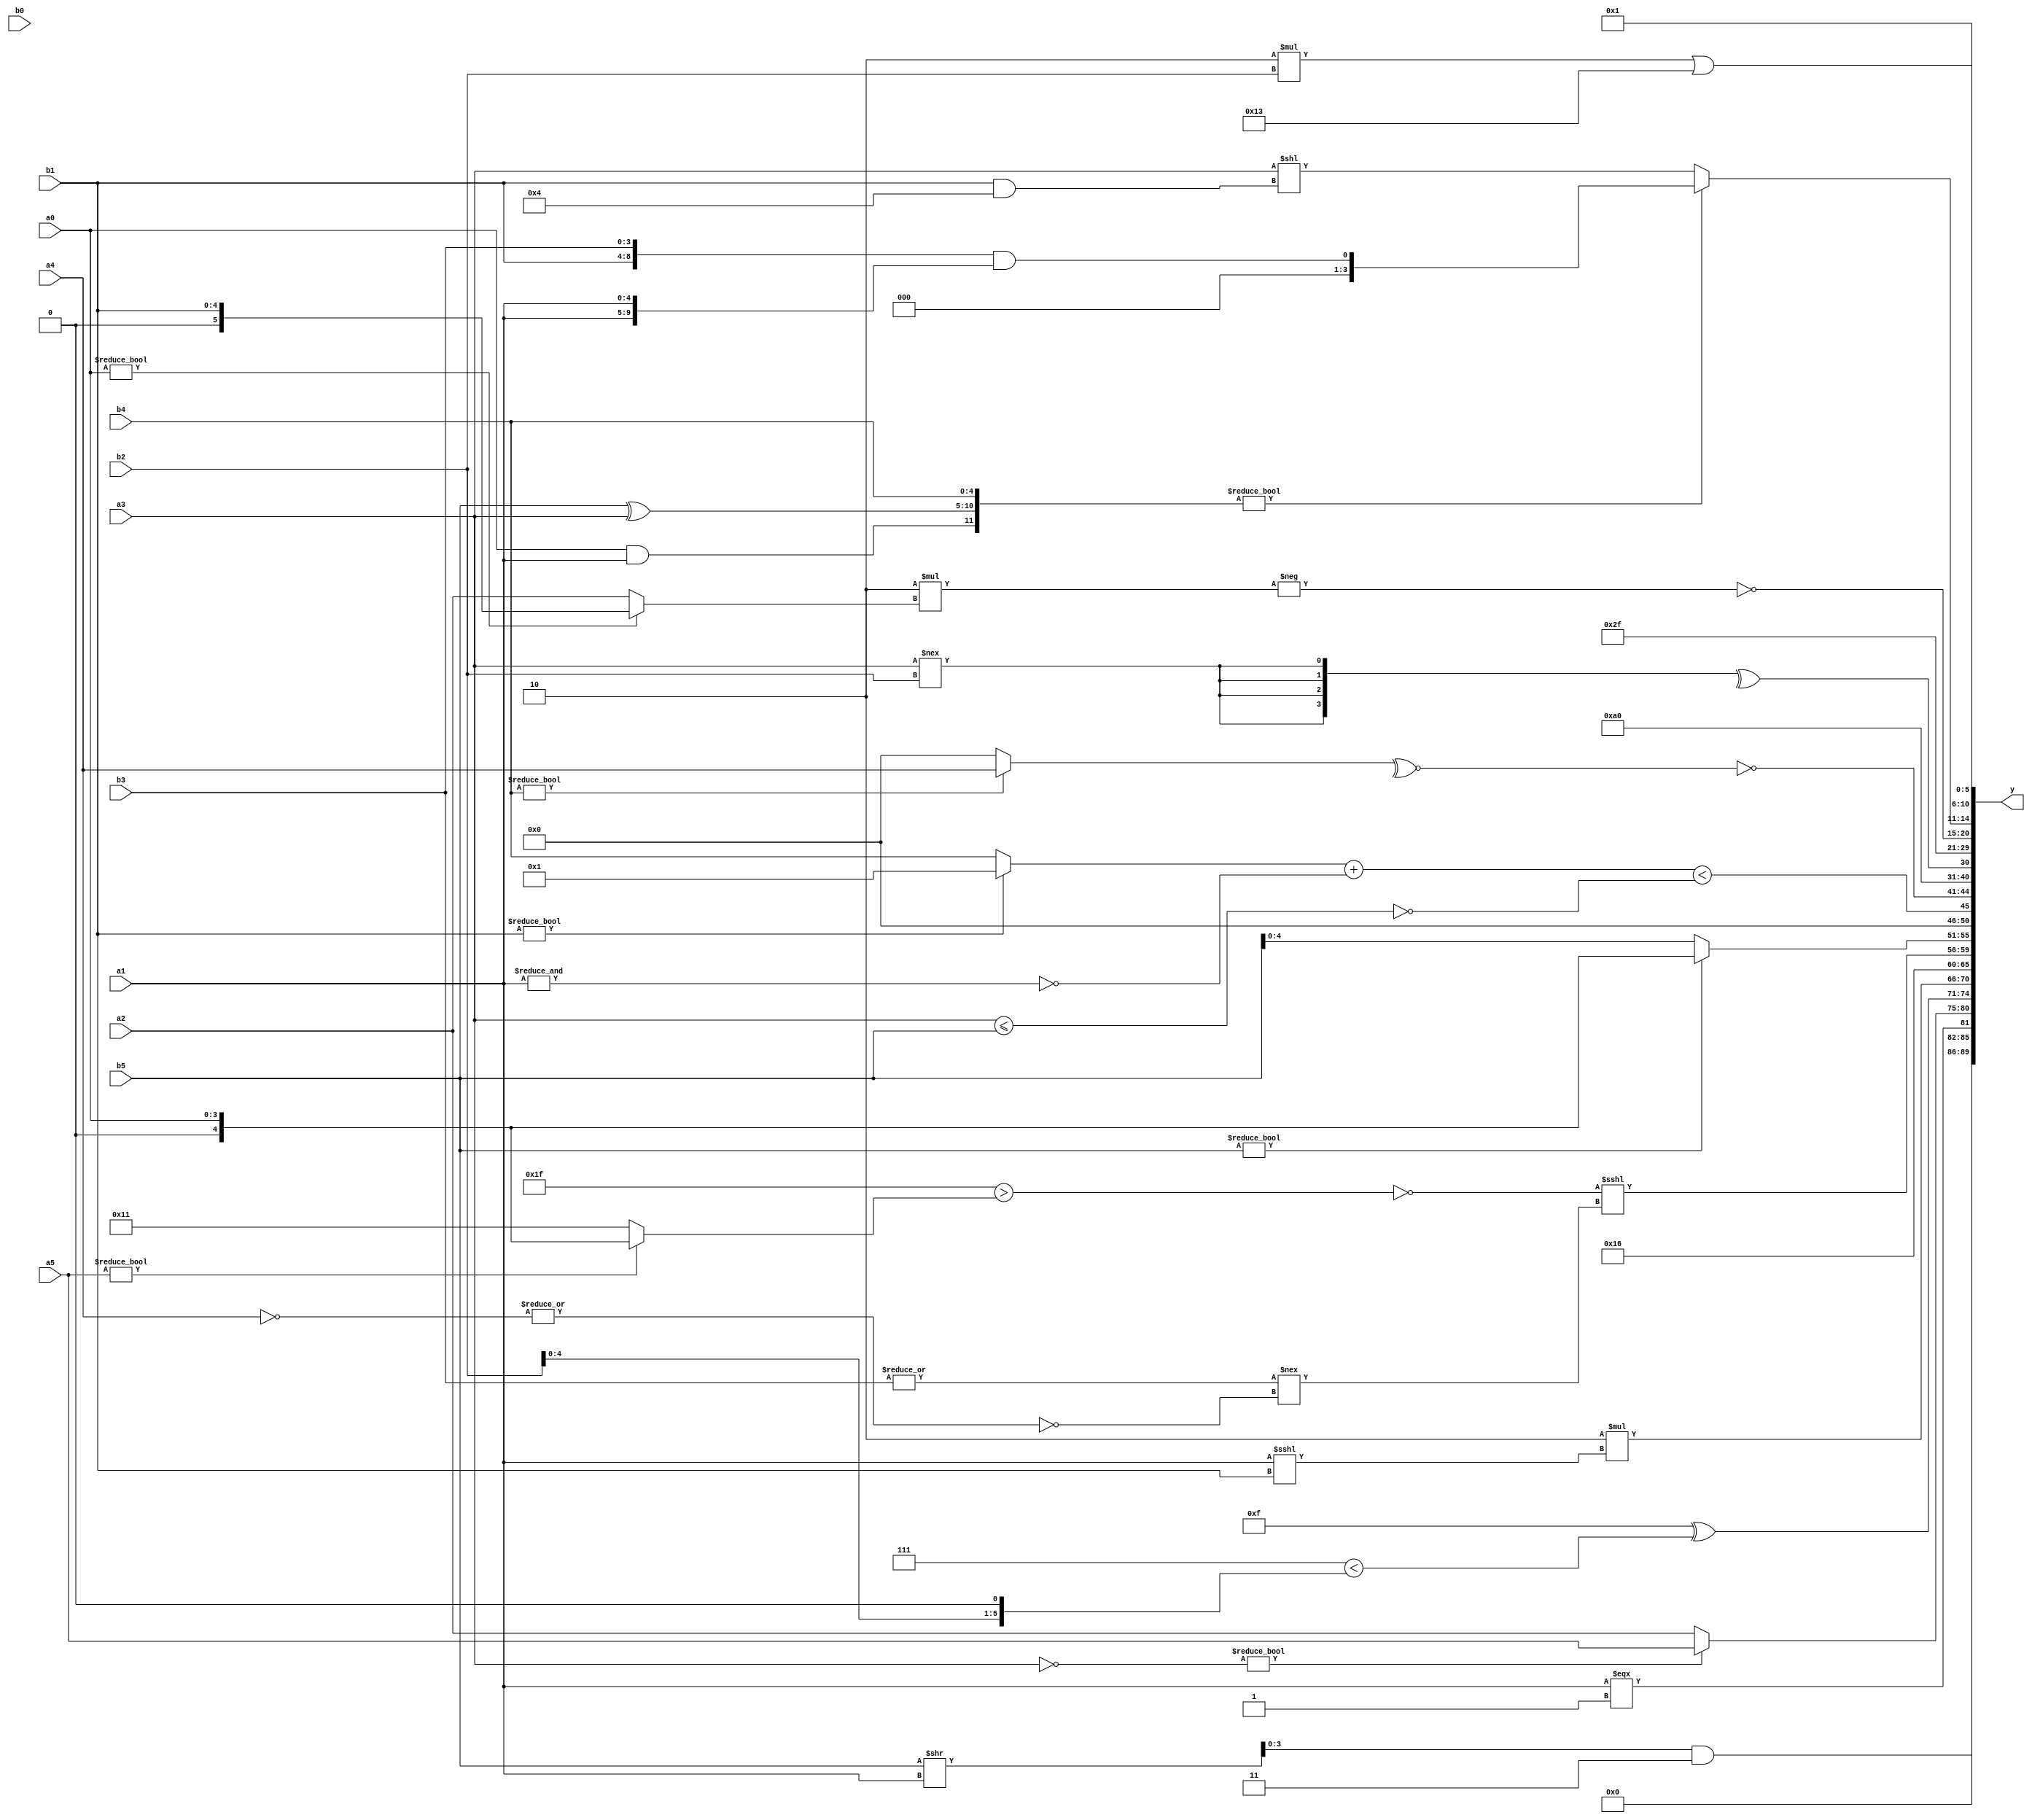
module expression_00454(a0, a1, a2, a3, a4, a5, b0, b1, b2, b3, b4, b5, y);
  input [3:0] a0;
  input [4:0] a1;
  input [5:0] a2;
  input signed [3:0] a3;
  input signed [4:0] a4;
  input signed [5:0] a5;

  input [3:0] b0;
  input [4:0] b1;
  input [5:0] b2;
  input signed [3:0] b3;
  input signed [4:0] b4;
  input signed [5:0] b5;

  wire [3:0] y0;
  wire [4:0] y1;
  wire [5:0] y2;
  wire signed [3:0] y3;
  wire signed [4:0] y4;
  wire signed [5:0] y5;
  wire [3:0] y6;
  wire [4:0] y7;
  wire [5:0] y8;
  wire signed [3:0] y9;
  wire signed [4:0] y10;
  wire signed [5:0] y11;
  wire [3:0] y12;
  wire [4:0] y13;
  wire [5:0] y14;
  wire signed [3:0] y15;
  wire signed [4:0] y16;
  wire signed [5:0] y17;

  output [89:0] y;
  assign y = {y0,y1,y2,y3,y4,y5,y6,y7,y8,y9,y10,y11,y12,y13,y14,y15,y16,y17};

  localparam [3:0] p0 = {2{{1{{2{{2{(5'd20)}}}}}}}};
  localparam [4:0] p1 = ((4'd6)!==(2'sd1));
  localparam [5:0] p2 = (~&({4{(5'd24)}}?{1{(4'd12)}}:{3{(4'sd2)}}));
  localparam signed [3:0] p3 = (~|((!(!((4'sd7)>>(5'd21))))==(!(~&(~&{2{(2'sd1)}})))));
  localparam signed [4:0] p4 = ((~&(&(-4'sd7)))^(~|(^(2'sd0))));
  localparam signed [5:0] p5 = (^(~&((~(~|(!((-3'sd2)>>>(-4'sd0)))))!=={1{{1{{4{(3'sd1)}}}}}})));
  localparam [3:0] p6 = {((3'sd3)>>(5'd10)),{1{(3'd6)}}};
  localparam [4:0] p7 = (5'd2 * ((5'd11)==(4'd5)));
  localparam [5:0] p8 = (((((5'd3)&(-2'sd0))&&((5'd1)/(-4'sd2)))==(4'd2 * ((4'd14)>>(5'd4))))&&((((3'd1)%(-2'sd0))/(-2'sd1))!=(((-4'sd0)<<(2'd0))+((-3'sd0)>(2'd0)))));
  localparam signed [3:0] p9 = {{{((5'd27)>=(4'd13))},(2'd0),((3'd5)^~(5'd2))}};
  localparam signed [4:0] p10 = {1{(((2'sd0)?(-5'sd8):(-5'sd15))&((4'd10)?(2'sd0):(3'd2)))}};
  localparam signed [5:0] p11 = {3{(5'sd6)}};
  localparam [3:0] p12 = ({2{((4'd2)<<(3'd2))}}||({3{(3'sd0)}}==((4'd9)>>(5'sd15))));
  localparam [4:0] p13 = (4'd5);
  localparam [5:0] p14 = {1{(~&{2{((4'sd4)===(3'd3))}})}};
  localparam signed [3:0] p15 = (((|(~&(4'd9)))<(|((2'd2)&(4'sd1))))>>>(((5'd22)|(3'sd3))?((5'd1)?(4'd14):(4'sd6)):(|(5'd27))));
  localparam signed [4:0] p16 = (-5'sd15);
  localparam signed [5:0] p17 = ((((4'sd2)!=(2'd2))||(^(-5'sd0)))?(((-2'sd1)|(5'd7))%(-2'sd1)):((3'd3)?(4'd4):(2'sd0)));

  assign y0 = $signed(($signed((b5>>a1))&((p0<<p12)^~{p17})));
  assign y1 = ((+a1)===(2'd1));
  assign y2 = ((~a3)?{b2,a5}:$unsigned(a2));
  assign y3 = ((-2'sd1)^((3'd7)<(b2<<<p2)));
  assign y4 = (4'd2 * (a1<<<b1));
  assign y5 = (5'd22);
  assign y6 = ((~^((~p10)>(a5?a0:p16)))<<<((~^(~|b3))!==(~|(~a4))));
  assign y7 = ((b5?a0:b5));
  assign y8 = (~|(~^(!(~|{(((b1?p1:b4)+(~&a1))<(~^(a3<=b5)))}))));
  assign y9 = (~(~^(+(b4?a4:p4))));
  assign y10 = {4{(p4?p9:p13)}};
  assign y11 = (^{4{(a3!==b2)}});
  assign y12 = (+(~^(+(-3'sd0))));
  assign y13 = {2{(-2'sd1)}};
  assign y14 = (~$signed((-(5'd2 * (a0?b1:a2)))));
  assign y15 = ({(a0&&a1),(b5^a3),(p8?a4:b4)}?(({b1,b3}&&{a1,a1})):(((p1?a3:a4))<<$unsigned((b1&&p0))));
  assign y16 = ((6'd2 * b2)|(p9^~p0));
  assign y17 = ((3'd2)&&(~&(~|(4'd4))));
endmodule